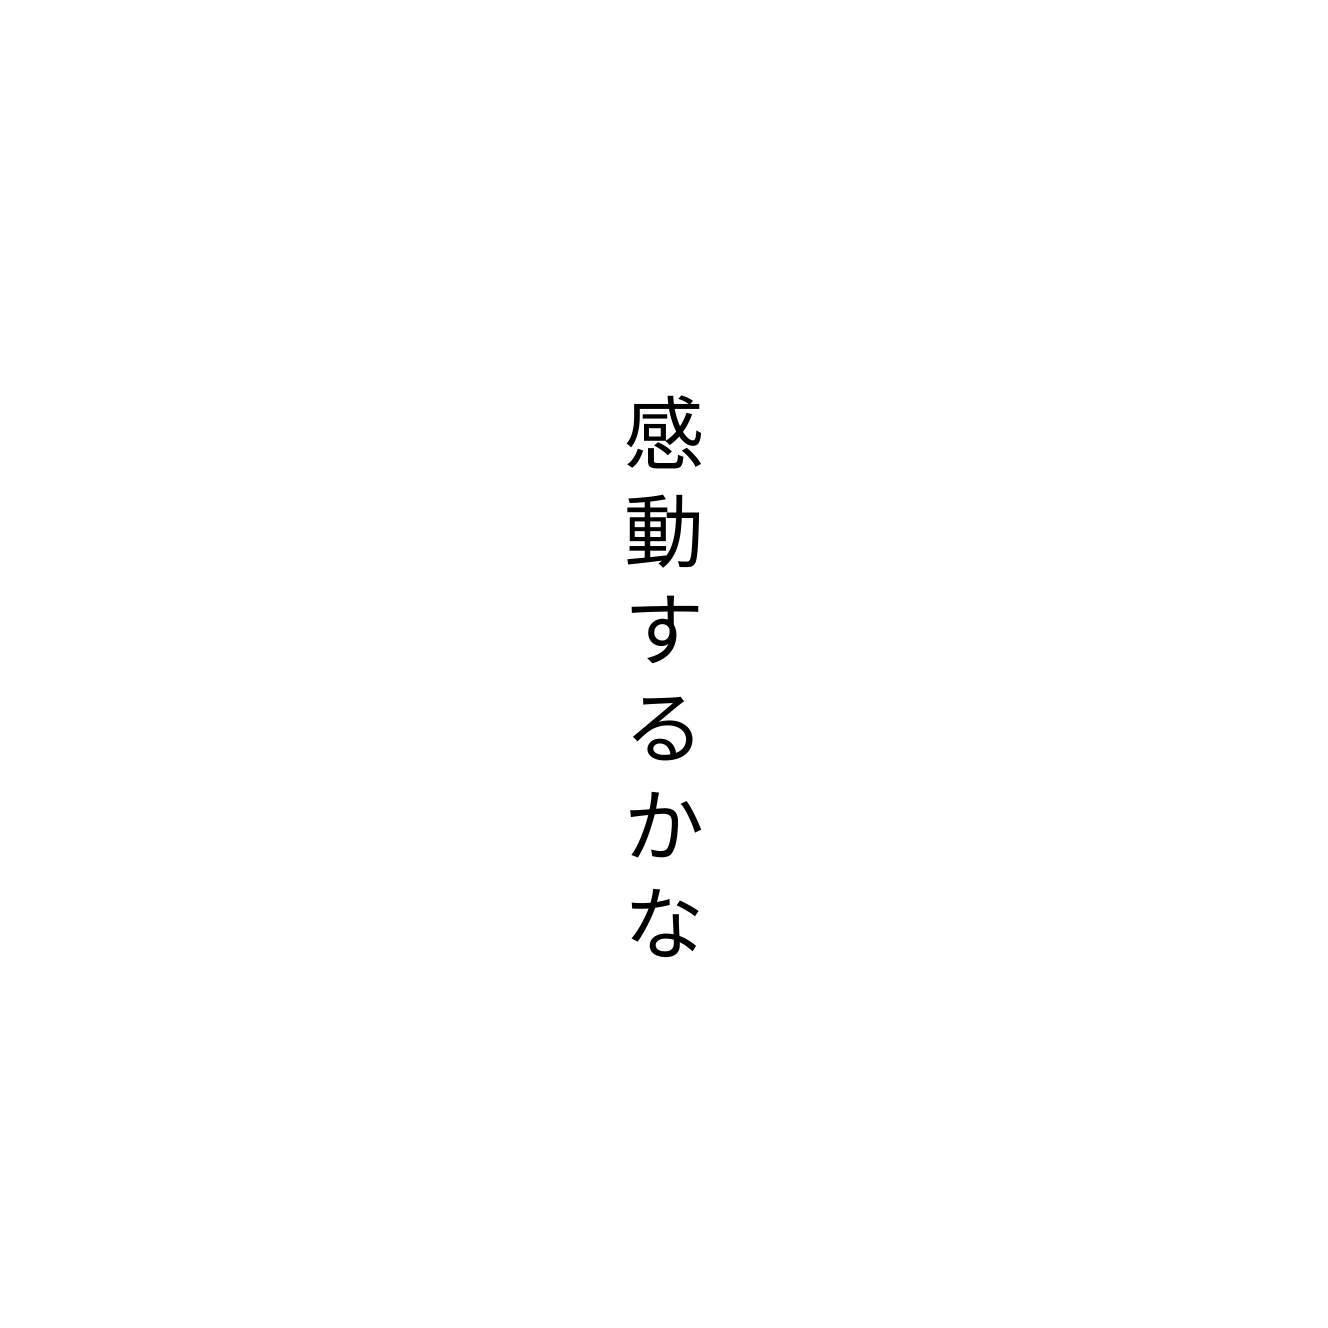
感動するかな